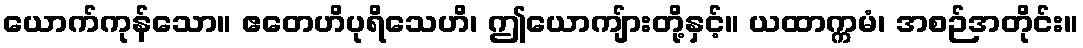
ယောက်ကုန်သော။ ဧတေဟိပုရိသေဟိ၊ ဤယောကျ်ားတို့နှင့်။ ယထာက္ကမံ၊ အစဉ်အတိုင်း။